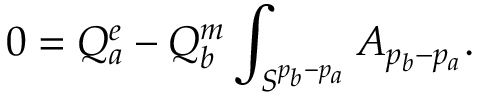
0 = Q _ { a } ^ { e } - Q _ { b } ^ { m } \int _ { S ^ { p _ { b } - p _ { a } } } A _ { p _ { b } - p _ { a } } .